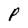
Character: P